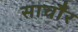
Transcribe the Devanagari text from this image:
साचौँर